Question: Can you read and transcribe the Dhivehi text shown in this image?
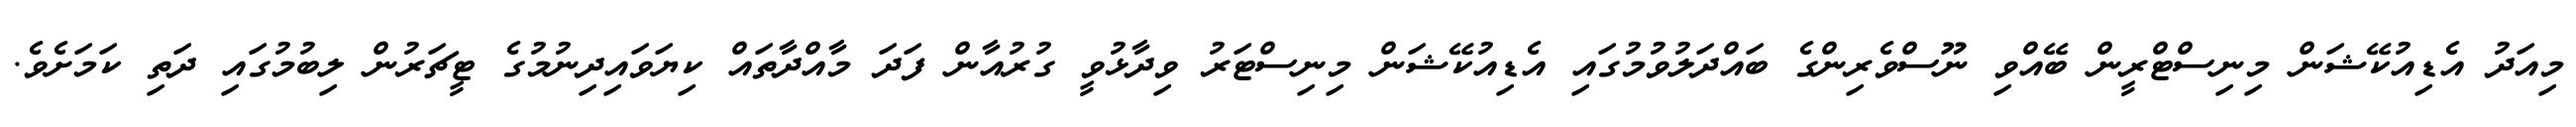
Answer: މިއަދު އެޑިއުކޭޝަން މިނިސްޓްރީން ބޭއްވި ނޫސްވެރިންގެ ބައްދަލުވުމުގައި އެޑިއުކޭޝަން މިނިސްޓަރު ވިދާޅުވީ ގުރުއާން ފަދަ މާއްދާތައް ކިޔަވައިދިނުމުގެ ޓީޗަރުން ލިބުމުގައި ދަތި ކަމަށެވެ.